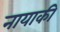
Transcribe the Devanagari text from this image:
नायाकी